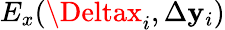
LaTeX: E_{x}(\Deltax_{i},\Delta\mathbf{y}_{i})